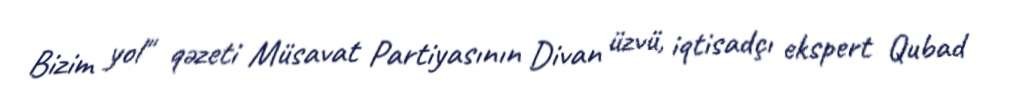
Bizim yol" qəzeti Müsavat Partiyasının Divan üzvü, iqtisadçı ekspert Qubad